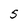
Character: 5